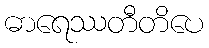
ဓာရေဿတီတိပေ